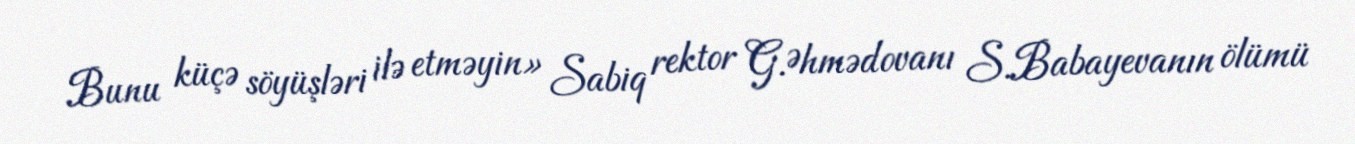
Bunu küçə söyüşləri ilə etməyin» Sabiq rektor G.Əhmədovanı S.Babayevanın ölümü